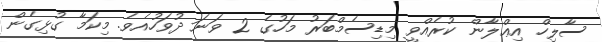
ސާލިހް އިޢްލާން ކުރެއްވީ މިޑިސެމްބަރު މަހުގެ 2 ވަނަ ދުވަހުއެވެ. މިކަމާ ގުޅިގެން